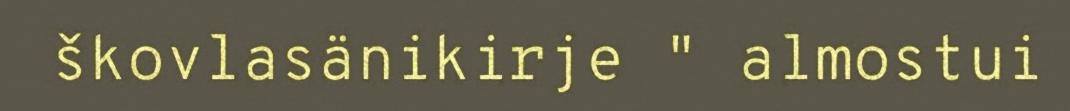
škovlasänikirje " almostui